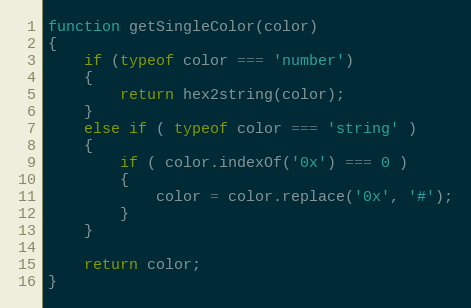
Language: JavaScript
function getSingleColor(color)
{
    if (typeof color === 'number')
    {
        return hex2string(color);
    }
    else if ( typeof color === 'string' )
    {
        if ( color.indexOf('0x') === 0 )
        {
            color = color.replace('0x', '#');
        }
    }

    return color;
}